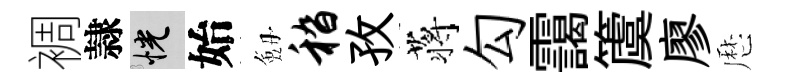
裯隷恍始劔嵇孜蒋勾靄𥵂廖厯